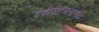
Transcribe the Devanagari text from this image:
देवीसहस्रनामांत